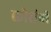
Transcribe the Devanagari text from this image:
कोरांबी